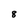
Character: 8